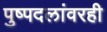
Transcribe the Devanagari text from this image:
पुष्पदलांवरही